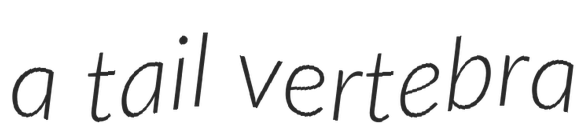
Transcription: a tail vertebra